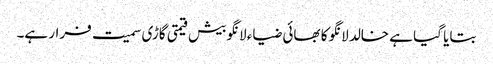
بتایا گیا ہے خالد لانگو کا بھائی ضیاء لانگو بیش قیمتی گاڑی سمیت فرار ہے۔